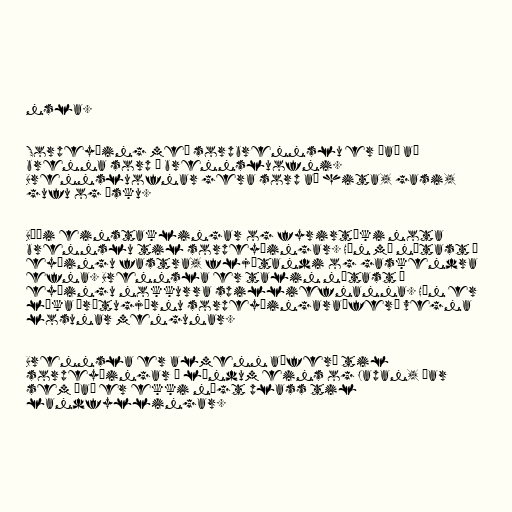
nsla.

Sorpeyðing með sorpbrennslu er það að
brenna sorp í brennsluofni.
Brennsluofnar gera sorp að hita, gasi,
gufu og ösku.

Bæði einstaklingar og fyrirtæki nota
brennslu til sorpeyðingar. Hún má nýtast í
eyðingu fastra, fljótandi og gaskendra
efna. Brennsla er talin nýtast í
eyðingu nokkurra spilliefnanna. Hún er
líka þrætugjörnu sorpeyðingaraðferð vegna
losunar mengunar.

Brennsla er almenn aðferð til
sorpeyðingar í löndum eins og Japan, þar
sem það er ekki nógt plass til
landfyllingar.